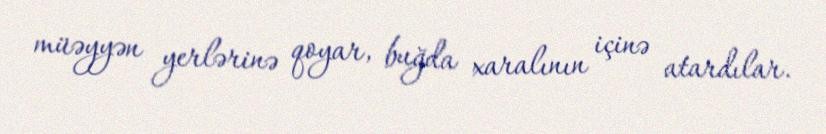
müəyyən yerlərinə qoyar, buğda xaralının içinə atardılar.